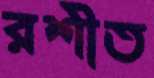
রশীত